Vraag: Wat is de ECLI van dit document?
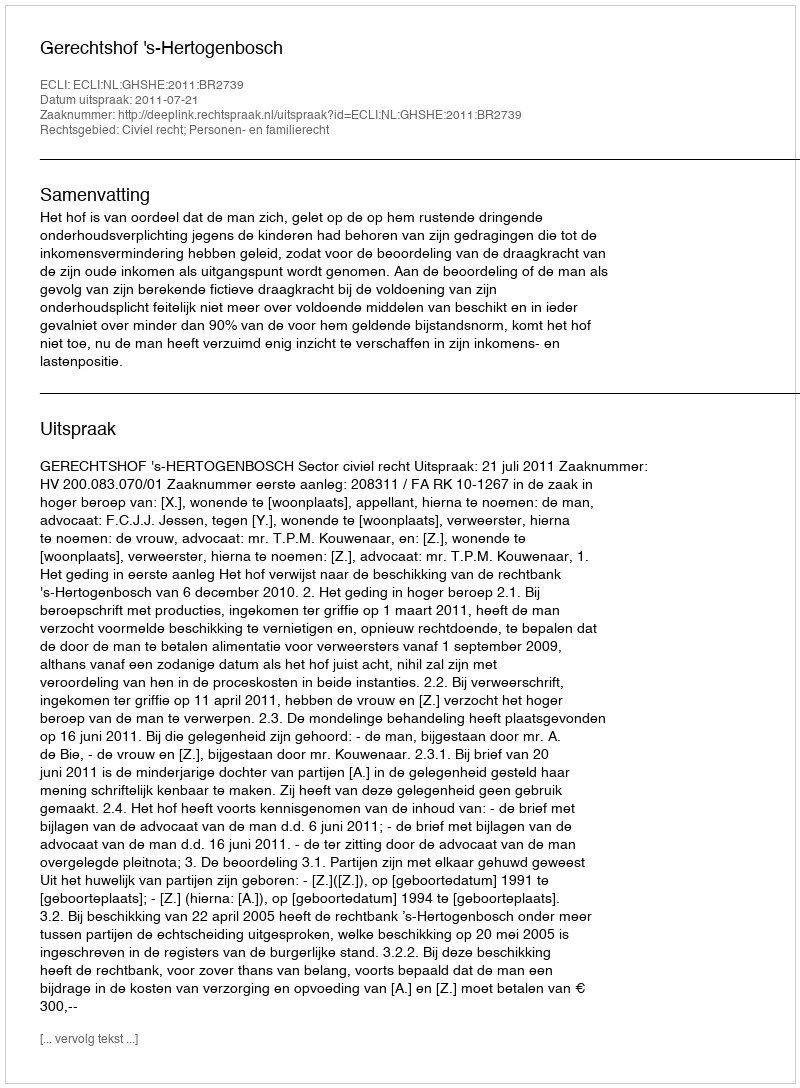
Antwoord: ECLI:NL:GHSHE:2011:BR2739